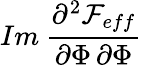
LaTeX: Im\: \frac{\partial^{2}{\cal F}_{eff}}{\partial\Phi\, \partial\Phi}